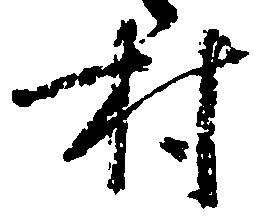
村